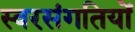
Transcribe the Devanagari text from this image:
स्वरसंगतियों